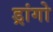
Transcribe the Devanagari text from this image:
ड्रांगो